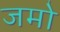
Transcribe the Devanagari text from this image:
जमो